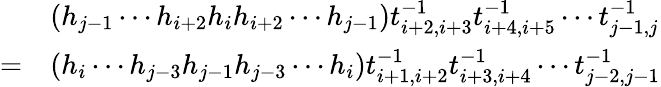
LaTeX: \begin{array}{rl}&{(h_{j-1}\cdots h_{i+2}h_{i}h_{i+2}\cdots h_{j-1})t_{i+2,i+3}^{-1}t_{i+4,i+5}^{-1}\cdots t_{j-1,j}^{-1}}\\ {=}&{(h_{i}\cdots h_{j-3}h_{j-1}h_{j-3}\cdots h_{i})t_{i+1,i+2}^{-1}t_{i+3,i+4}^{-1}\cdots t_{j-2,j-1}^{-1}}\end{array}